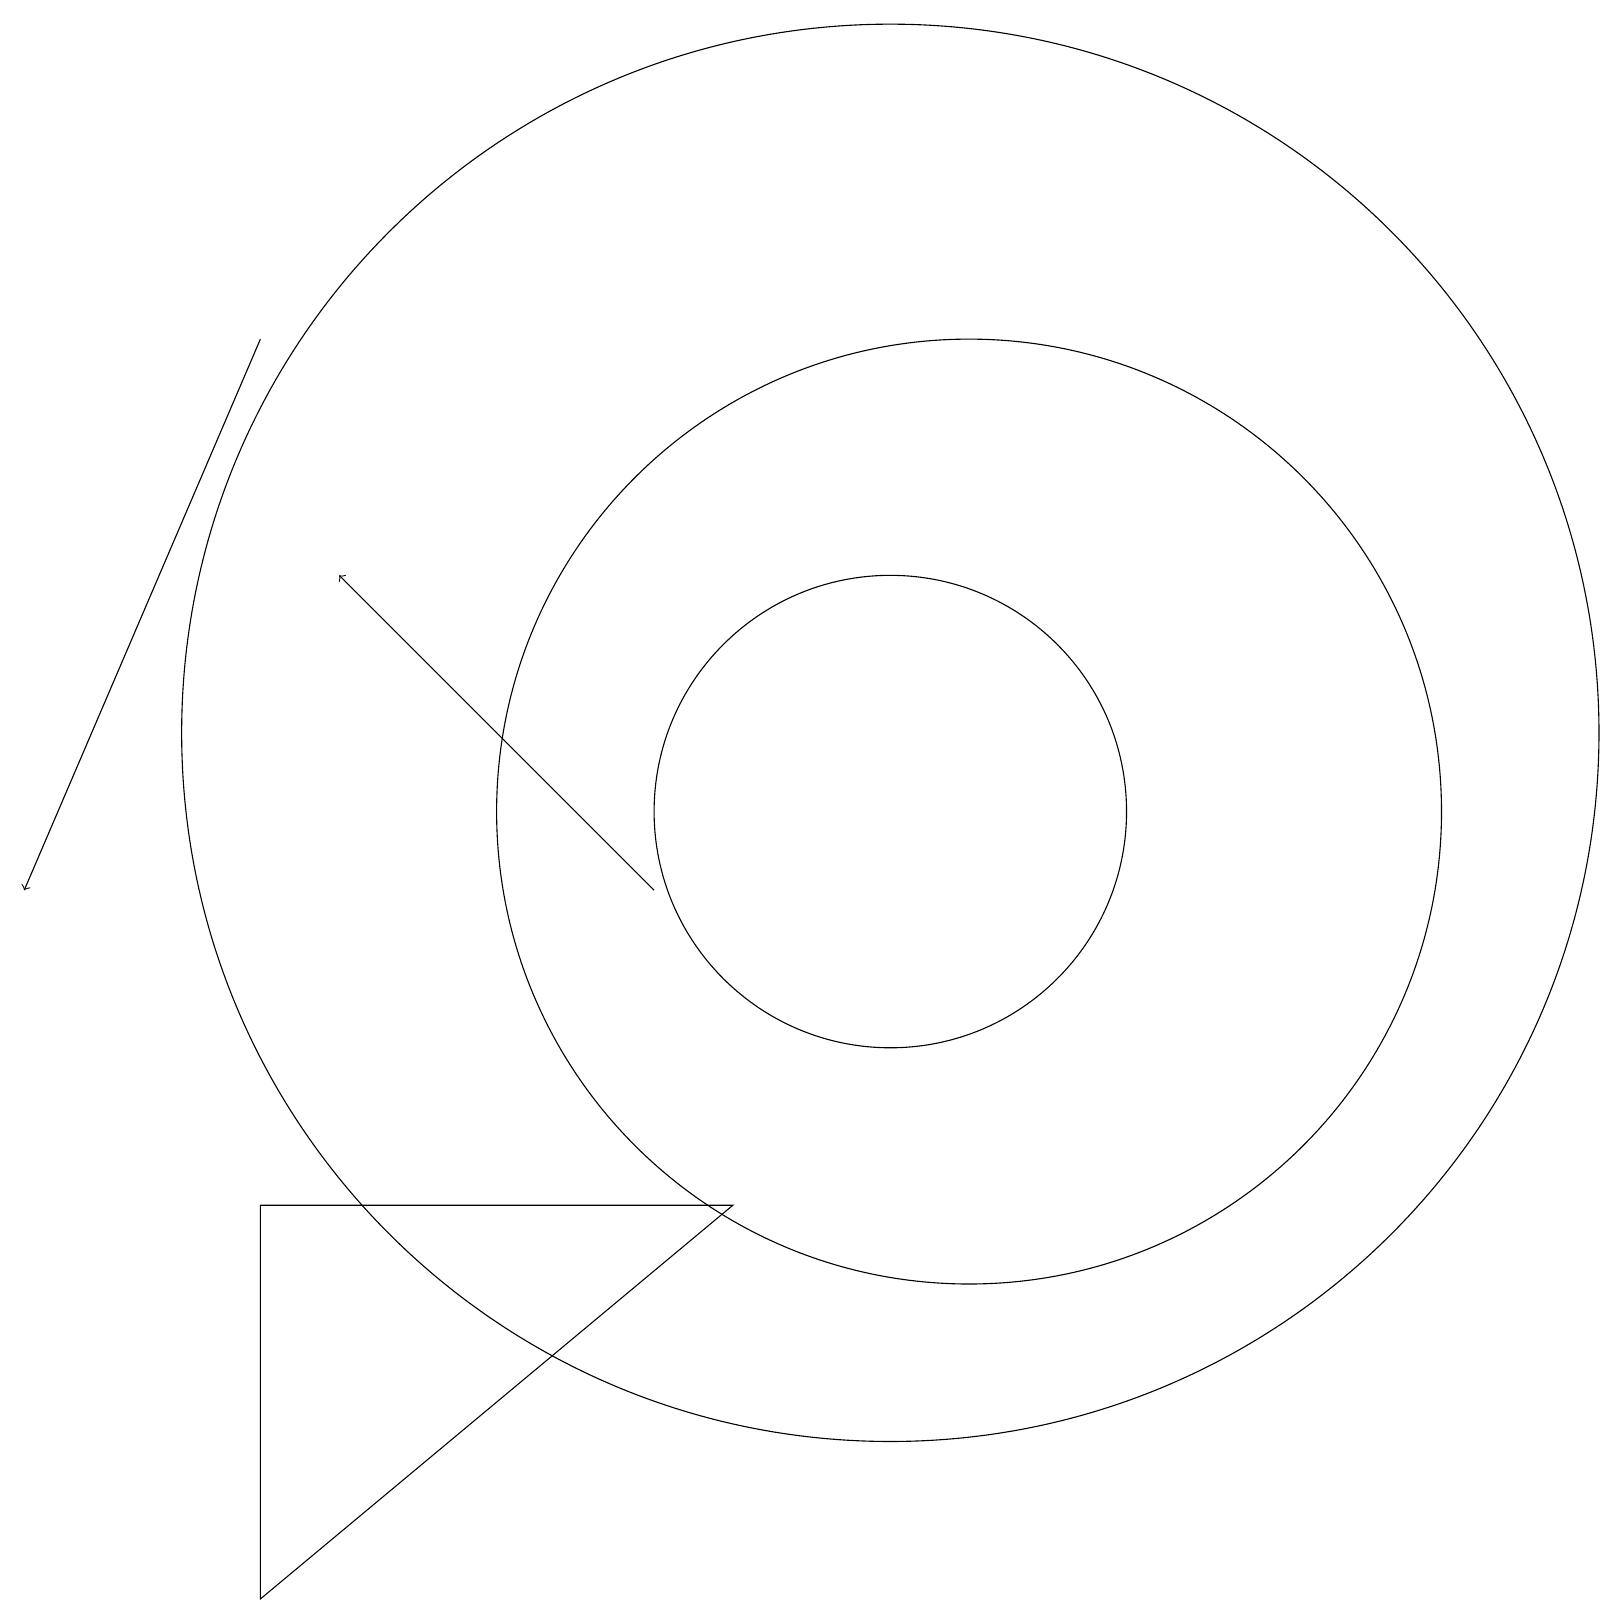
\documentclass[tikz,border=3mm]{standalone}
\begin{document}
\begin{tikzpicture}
\draw (11,11) circle (3);
\draw[->] (3,17) -- (0,10);
\draw[->] (8,10) -- (4,14);
\draw (3,1) -- (3,6) -- (9,6) -- cycle;
\draw (12,11) circle (6);
\draw (11,12) circle (9);
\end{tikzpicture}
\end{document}